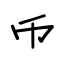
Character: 币